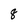
Character: 8